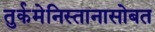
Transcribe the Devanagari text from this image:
तुर्कमेनिस्तानासोबत